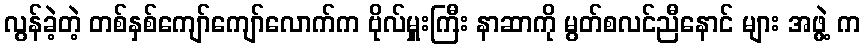
လွန်ခဲ့တဲ့ တစ်နှစ်ကျော်ကျော်လောက်က ဗိုလ်မှူးကြီး နာဆာကို မွတ်စလင်ညီနောင် များ အဖွဲ့ က